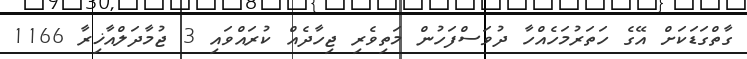
ގާތްގަޑަކަށް އޭގެ ހަތަރުމަހެއްހާ ދުވަސްފަހުން މަތިވެރި ޖިހާދެއް ކުރައްވައި 3 ޖުމާދަލްއާޚިރާ 1166